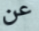
عن